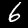
Label: 6